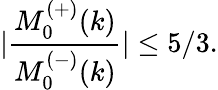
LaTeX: |\frac{M_{0}^{(+)}(k)}{M_{0}^{(-)}(k)}|\leq 5/3.